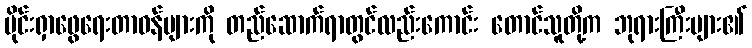
မိုင်းရှာဖွေရေးတာဝန်များကို တည်ဆောက်ရာတွင်လည်းကောင်း တောင်သူတို့က ဘုရားကြီးများ၏